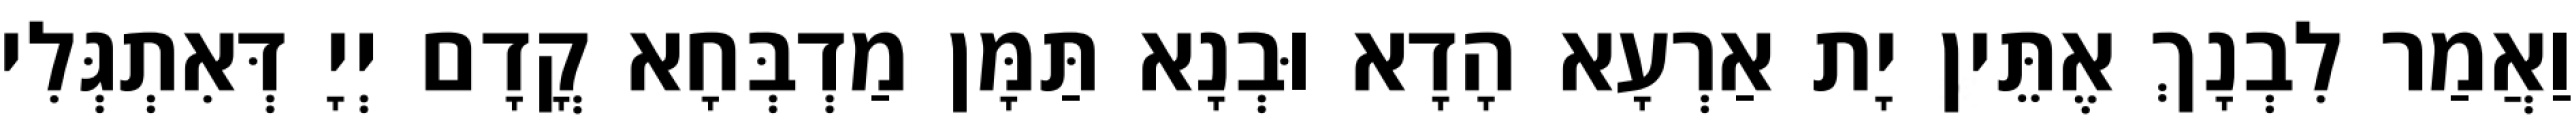
וַאֲמַר לִבְנָךְ אֶתֵּין יָת אַרְעָא הָדָא וּבְנָא תַּמָּן מַדְבְּחָא קֳדָם יְיָ דְּאִתְגְּלִי